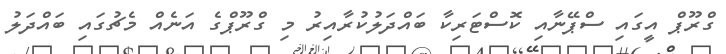
ގްރޫޕް އީގައި ސްޕޭނާއި ކޮސްޓަރިކާ ބައްދަލުކުރާއިރު މި ގްރޫޕްގެ އަނެއް މެޗުގައި ބައްދަލު